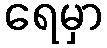
ရေမှာ